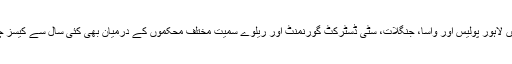
اس ضمن میں لاہور پولیس اور واسا، جنگلات، سٹی ڈسٹرکٹ گورنمنٹ اور ریلوے سمیت مختلف محکموں کے درمیان بھی کئی سال سے کیسز چل رہے ہیں۔